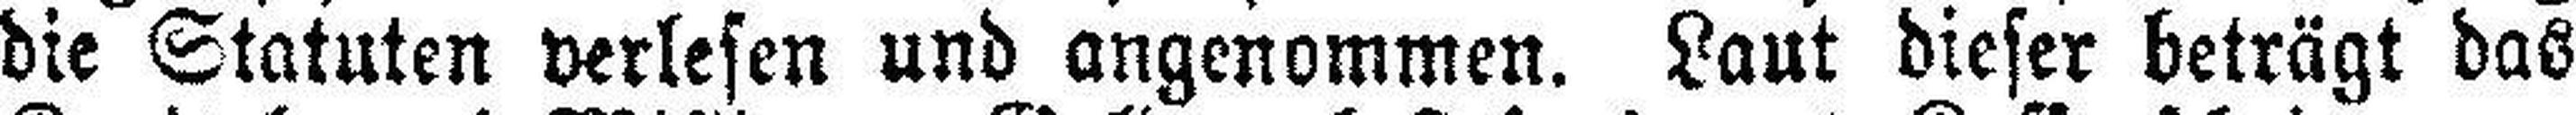
die Statuten verlesen und angenommen. Laut dieser beträgt das